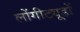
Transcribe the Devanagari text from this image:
लोंगीट्यूडों